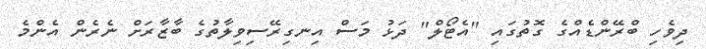
ދިވެހި ބްރޭންޑެއްގެ ގޮތުގައި "އެޓޯލް" ދަޅު މަސް އިނގިރޭސިވިލާތުގެ ބާޒާރަށް ނެރެން އެންމެ